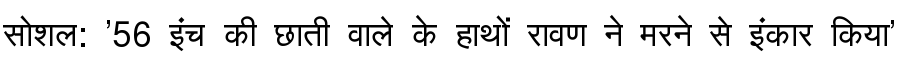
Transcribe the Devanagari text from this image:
सोशल: '56 इंच की छाती वाले के हाथों रावण ने मरने से इंकार किया'